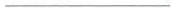
___